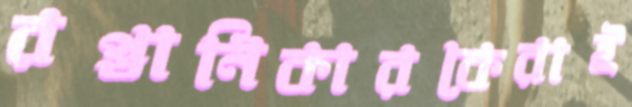
রপ্তানিকারকেরাই